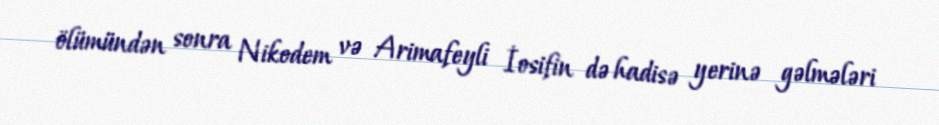
ölümündən sonra Nikodem və Arimafeyli İosifin də hadisə yerinə gəlmələri